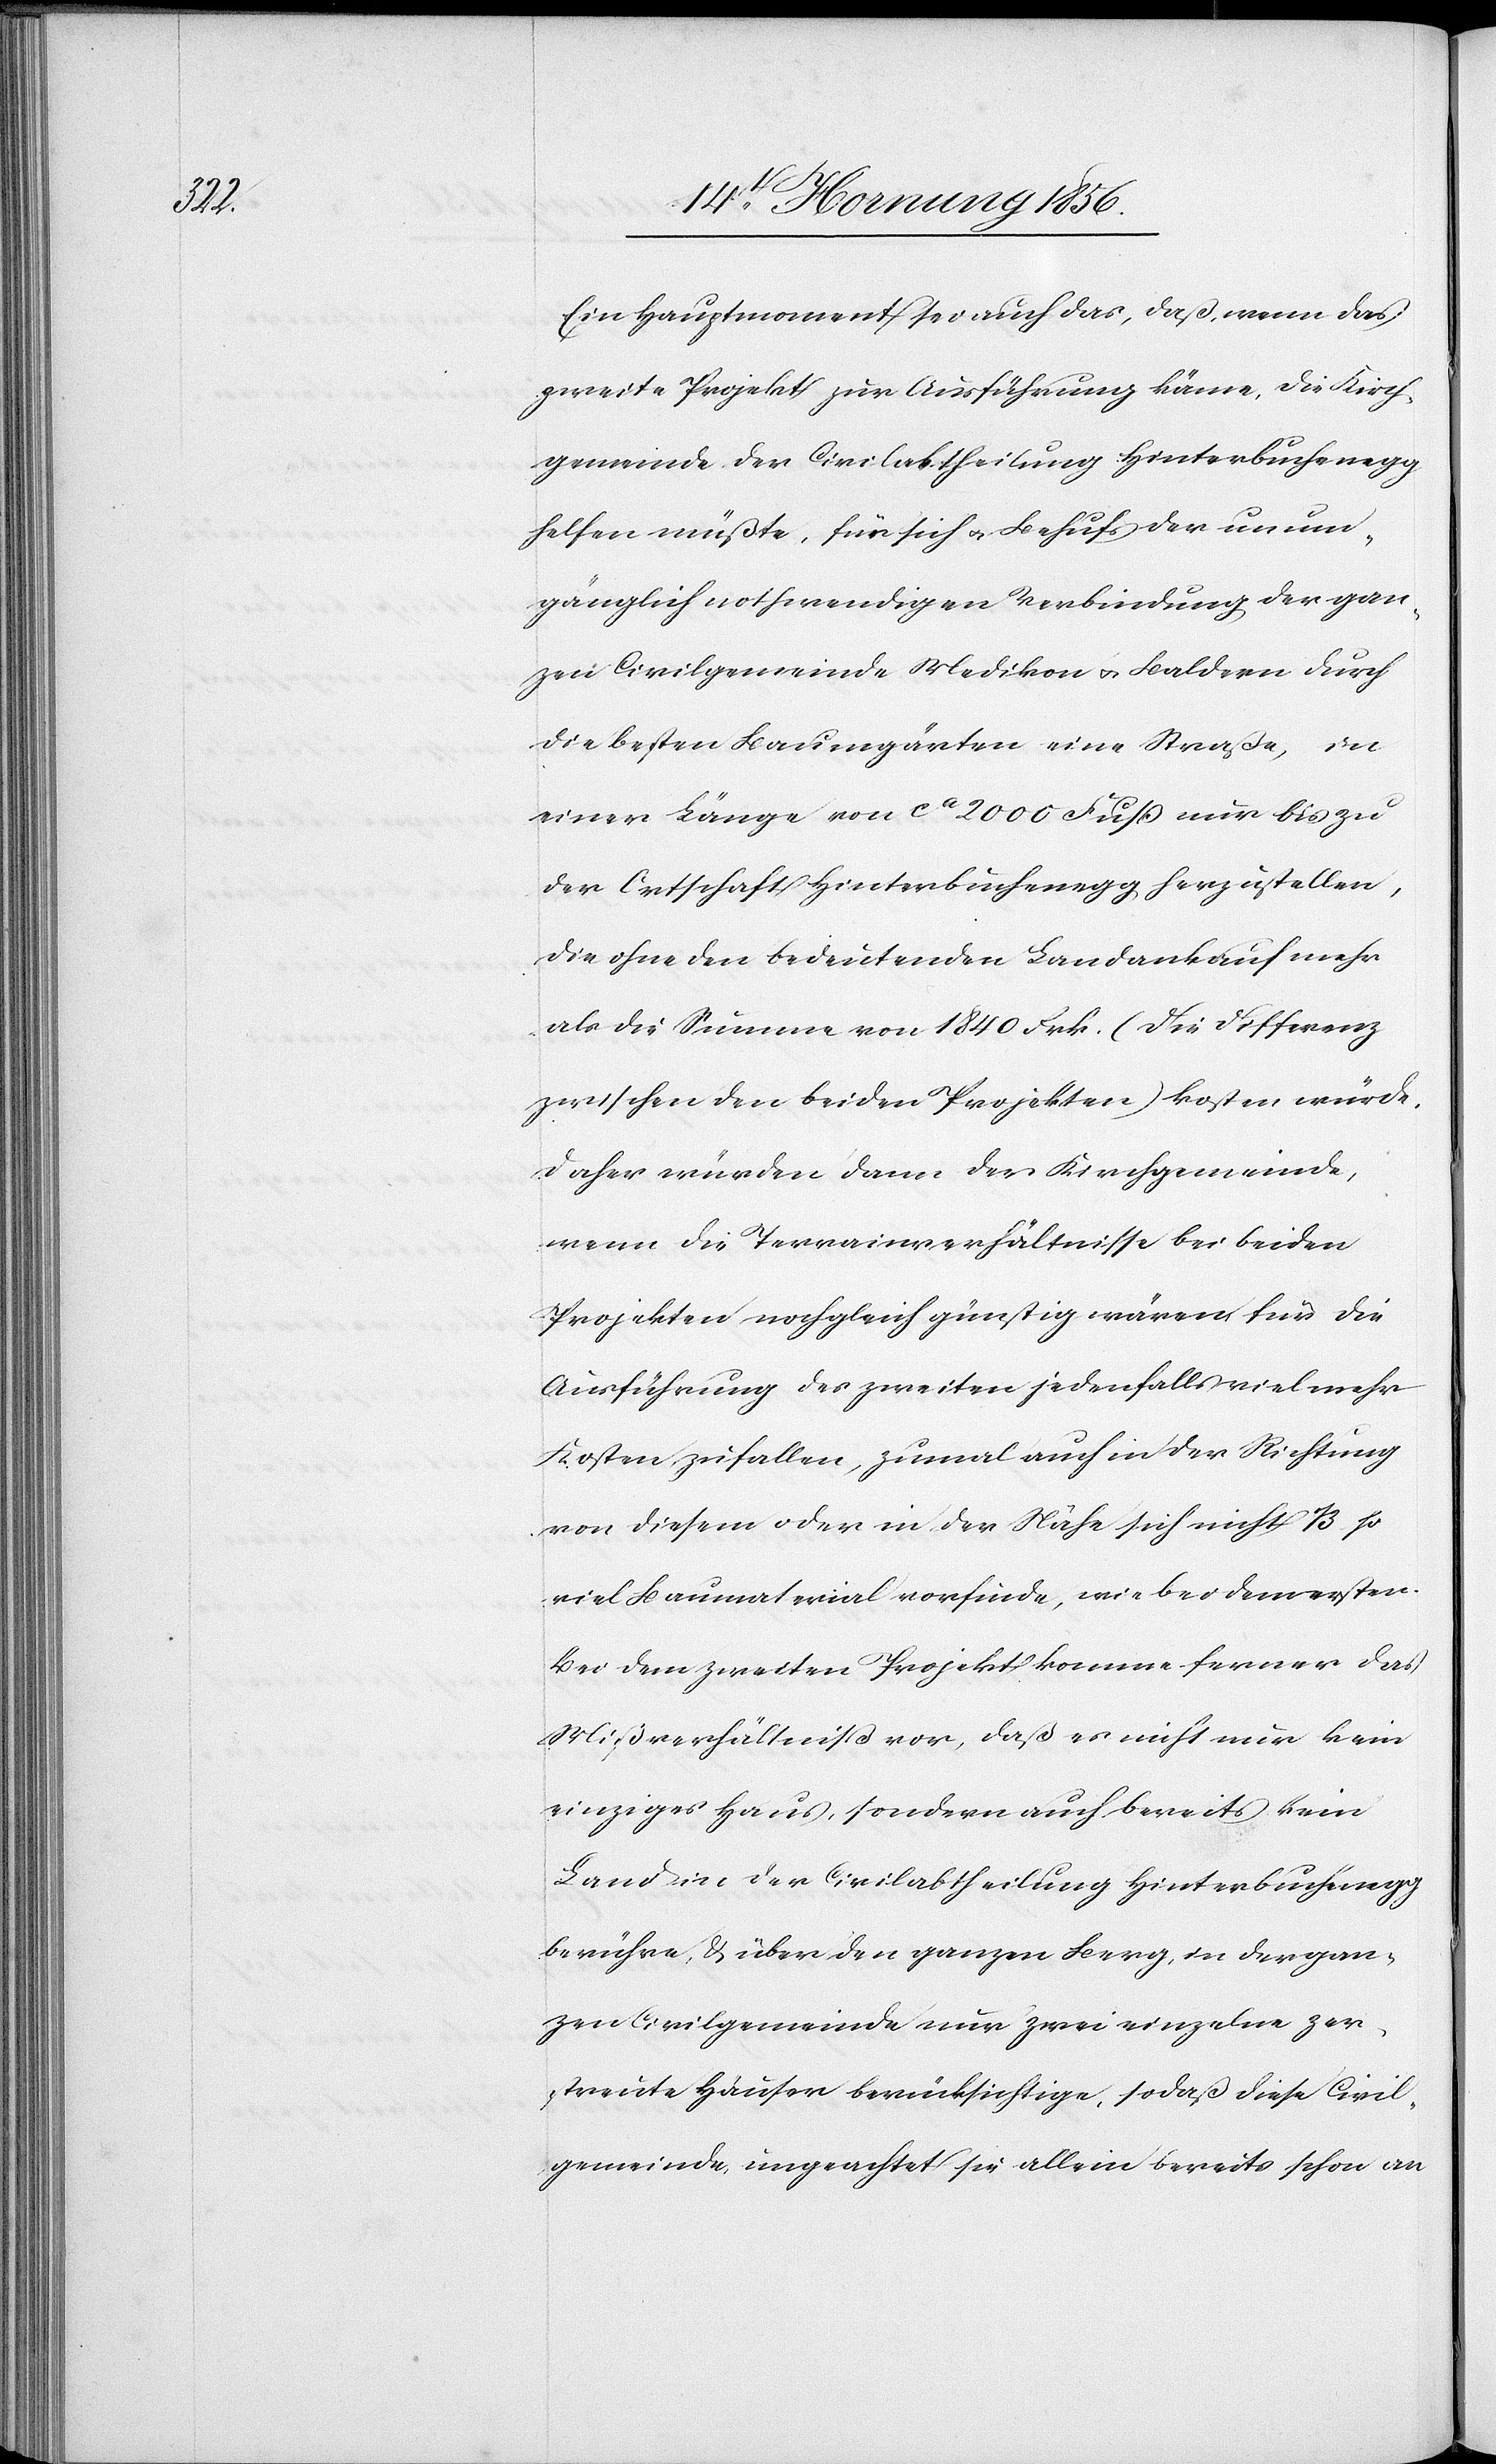
Ein Hauptmoment sei auch das, daß, wenn das
zweite Projekt zur Ausführung käme, die Kirch¬
gemeinde der Civilabtheilung Hinterbuchenegg
helfen müßte, für sich u. Behufs der unum¬
gänglich nothwendigen Verbindung der gan¬
zen Civilgemeinde Medikon u. Baldern durch
die besten Baumgärten eine Straße, in
einer Länge von ca 2000 Fuß nur bis zu
der Ortschaft Hinterbuchenegg herzustellen,
die ohne den bedeutenden Landankauf mehr
als die Summe von 1840 Frk. (die Differenz
zwischen den beiden Projekten) kosten würde,
daher würden dann der Kirchgemeinde,
wenn die Terrainverhältnisse bei beiden
Projekten noch gleich günstig wären, für die
Ausführung des zweiten jedenfalls viel mehr
Kosten zufallen, zumal auch in der Richtung
von diesem oder in der Nähe sich nicht 1/3 so
viel Baumaterial vorfinde, wie bei dem ersten.
Bei dem zweiten Projekt komme ferner das
Mißverhältniß vor, daß es nicht nur kein
einziges Haus, sondern auch bereits kein
Land in der Civilabtheilung Hinterbuchenegg
berühre, & über den ganzen Berg in der gan¬
zen Civilgemeinde nur zwei einzelne zer¬
streute Häuser berücksichtige, sodaß diese Civil¬
gemeinde ungeachtet sie allein bereits schon an